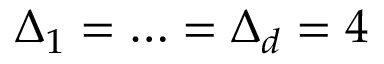
\Delta _ { 1 } = \ldots = \Delta _ { d } = 4